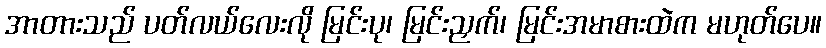
အာတားသည် ပတ်လယ်လေးလို မြင်းပု၊ မြင်းညှက်၊ မြင်းအမာစားထဲက မဟုတ်ပေ။